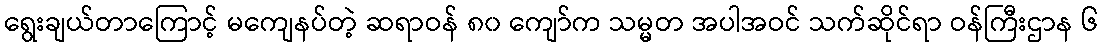
ရွေးချယ်တာကြောင့် မကျေနပ်တဲ့ ဆရာဝန် ၈၀ ကျော်က သမ္မတ အပါအဝင် သက်ဆိုင်ရာ ဝန်ကြီးဌာန ၆